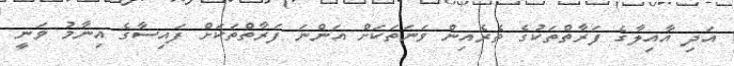
އަދި އާއިލާގެ ފަރާތްތަކުގެ ތެރެއިން ވަނަތަކަށް އަންނަ ފަރާތްތަކަށް ފައިސާގެ އިނާމު ވަނީ